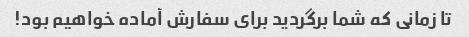
تا زمانی که شما برگردید برای سفارش آماده خواهیم بود!